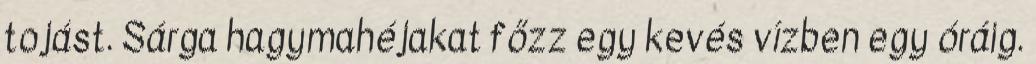
tojást. Sárga hagymahéjakat főzz egy kevés vízben egy óráig.